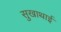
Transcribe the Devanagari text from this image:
सुखाथाई